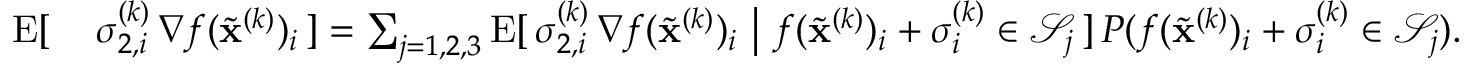
\begin{array} { r l } { \mathrm { E } [ \, } & { \sigma _ { 2 , i } ^ { ( k ) } \, \nabla f ( \widetilde \mathbf { x } ^ { ( k ) } ) _ { i } \, ] = \sum _ { j = 1 , 2 , 3 } \mathrm { E } [ \, \sigma _ { 2 , i } ^ { ( k ) } \, \nabla f ( \widetilde \mathbf { x } ^ { ( k ) } ) _ { i } \ \big \vert \ f ( \widetilde \mathbf { x } ^ { ( k ) } ) _ { i } + \sigma _ { i } ^ { ( k ) } \in \mathcal { S } _ { j } \, ] \, P ( f ( \widetilde \mathbf { x } ^ { ( k ) } ) _ { i } + \sigma _ { i } ^ { ( k ) } \in \mathcal { S } _ { j } ) . } \end{array}